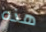
هذه